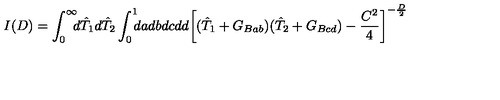
I ( D ) = \int _ { 0 } ^ { \infty } \! \! \! d \hat { T } _ { 1 } d \hat { T } _ { 2 } \int _ { 0 } ^ { 1 } \! \! \! d a d b d c d d { \biggl [ ( \hat { T } _ { 1 } + G _ { B a b } ) ( \hat { T } _ { 2 } + G _ { B c d } ) - { \frac { C ^ { 2 } } { 4 } } \biggr ] } ^ { - { \frac { D } { 2 } } }